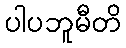
ပါပဘူမီတိ